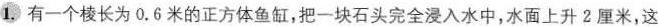
1.有一个棱长为0.6米的正方体鱼缸，把一块石头完全浸入水中，水面上升2厘米，这